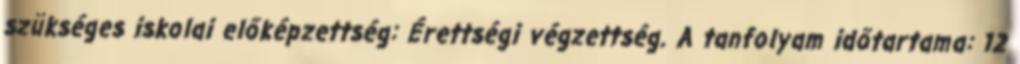
szükséges iskolai előképzettség: Érettségi végzettség. A tanfolyam időtartama: 12